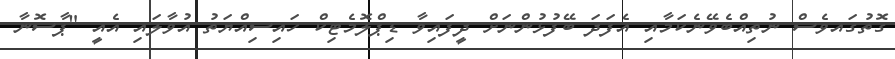
ގޮތުގައވެސް ނުތިއްބެވޭނެކަމާއި އެފަދަ ބޭފުޅުންނަށް ދީފައިވާ ޑިޕްލޮމެޓިކް ހައިސިއްޔަތު އުވާލައި އެއީ "ޕާސޮނާ